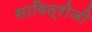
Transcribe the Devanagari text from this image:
सावित्रीजी